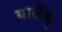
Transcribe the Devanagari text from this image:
बालेंदु